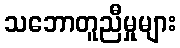
သဘောတူညီမှုများ